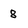
Character: 8